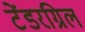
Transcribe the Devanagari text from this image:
टेंडरग्रिल